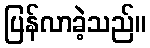
ပြန်လာခဲ့သည်။